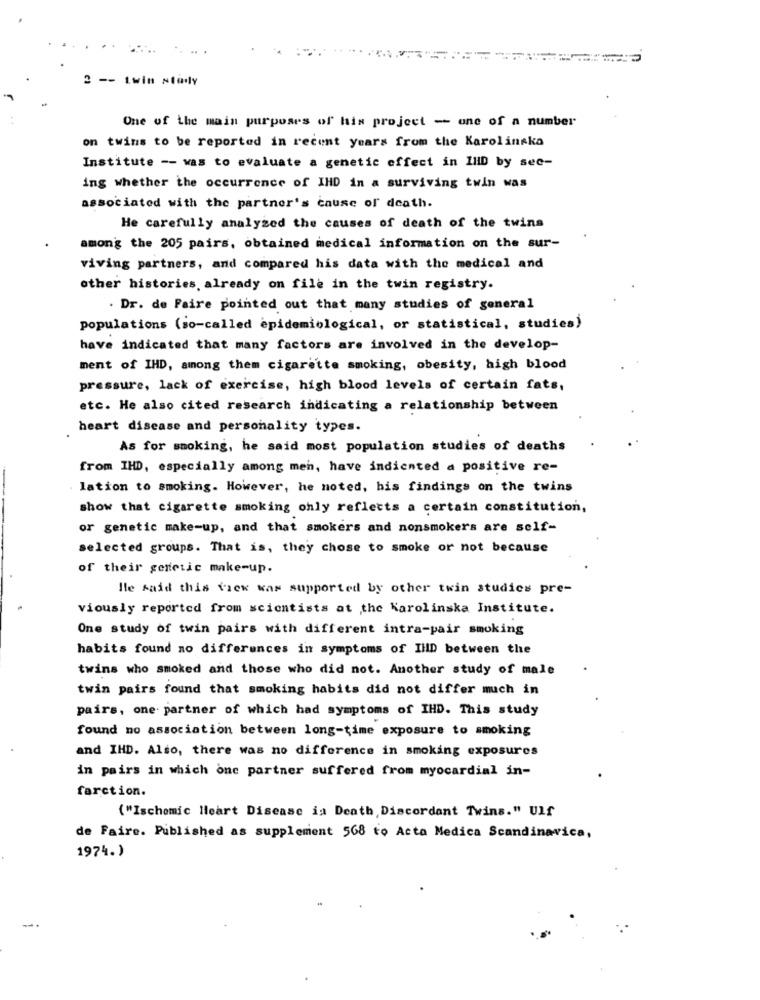
2 -- twin wtedy
One of the main purposes of his project - one of a number
on twins to be reported in recent years from the Karolinska
Institute -- was to evaluate a genetic effect in IHID by sec-
ing whether the occurrence of IHD in a surviving twin was
associated with the partner's cause of death.
He carefully analyzed the causes of death of the twins
among the 205 pairs, obtained medical information on the sur-
viving partners, and compared his data with the medical and
other histories. already on file in the twin registry.
. Dr. de Faire pointed out that many studies of general
populations (so-called epidemiological, or statistical, studies)
have indicated that many factors are involved in the develop-
ment of IHD, among them cigarette smoking, obesity, high blood
pressure, lack of exercise, high blood levels of certain fats,
etc. He also cited research indicating a relationship between
heart disease and personality types.
As for smoking, he said most population studies of deaths
from IHD, especially among men, have indicated a positive re-
lation to smoking. However, he noted, his findings on the twins
show that cigarette smoking only reflects a certain constitution,
or genetic make-up, and that smokers and nonsmokers are self-
selected groups. That is, they chose to smoke or not because
of their genetic make-up.
He said this view was supported by other twin studies pre-
viously reported from scientists at the Karolinska Institute.
One study of twin pairs with different intra-pair smoking
habits found no differences in symptoms of IllD between the
twins who smoked and those who did not. Another study of male
twin pairs found that smoking habits did not differ much in
pairs, one partner of which had symptoms of IHD. This study
found no association between long-time exposure to smoking
and IHD. Also, there was no difference in smoking exposures
in pairs in which one partner suffered from myocardial in-
farction.
("Ischemic Heart Disease is Death,Discordant Twins." Ulf
de Faire. Published as supplement 568 to Acta Medica Scandinavica,
1974.)
--.